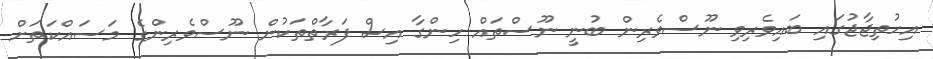
އިހުތިޖާޖުގައި ބައިވެރިވި ނޫސްވެރިން ބުނީ ނޫސްތައް ހިންގާ އިސް ފަރާތްތަކުން ނޫސްވެރިންގެ މަސައްކަތަށް